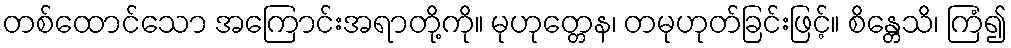
တစ်ထောင်သော အကြောင်းအရာတို့ကို။ မုဟုတ္တေန၊ တမုဟုတ်ခြင်းဖြင့်။ စိန္တေသိ၊ ကြံ၍